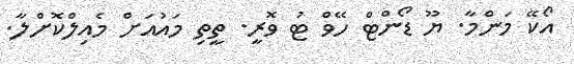
އޯކޭ މަންމާ. ޔޫ ޑޯންޓް ހޭވް ޓު ވޮރީ. ތީތި މައުއަށް މެއިލްކޮށްލާ.